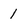
Character: 1